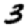
Digit: 3